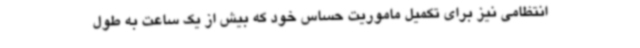
انتظامی نیز برای تکمیل ماموریت حساس خود که بیش از یک ساعت به طول